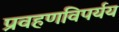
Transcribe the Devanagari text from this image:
प्रवहणविपर्यय